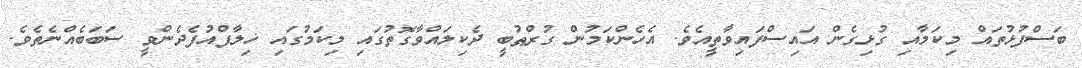
ބަސްފުޅުތައް މިކަމާއި ގުޅިގެން އައިސްފައިވާތީއެވެ. އެހެންކަމުން ގުރްޠުބީ ދެކިލައްވާގޮތުގައި މިކަމުގައި ޚިލާފްއުފެދެންވީ ސަބަބެއްނެތެވެ.